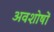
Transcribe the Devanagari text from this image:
अवशोषों